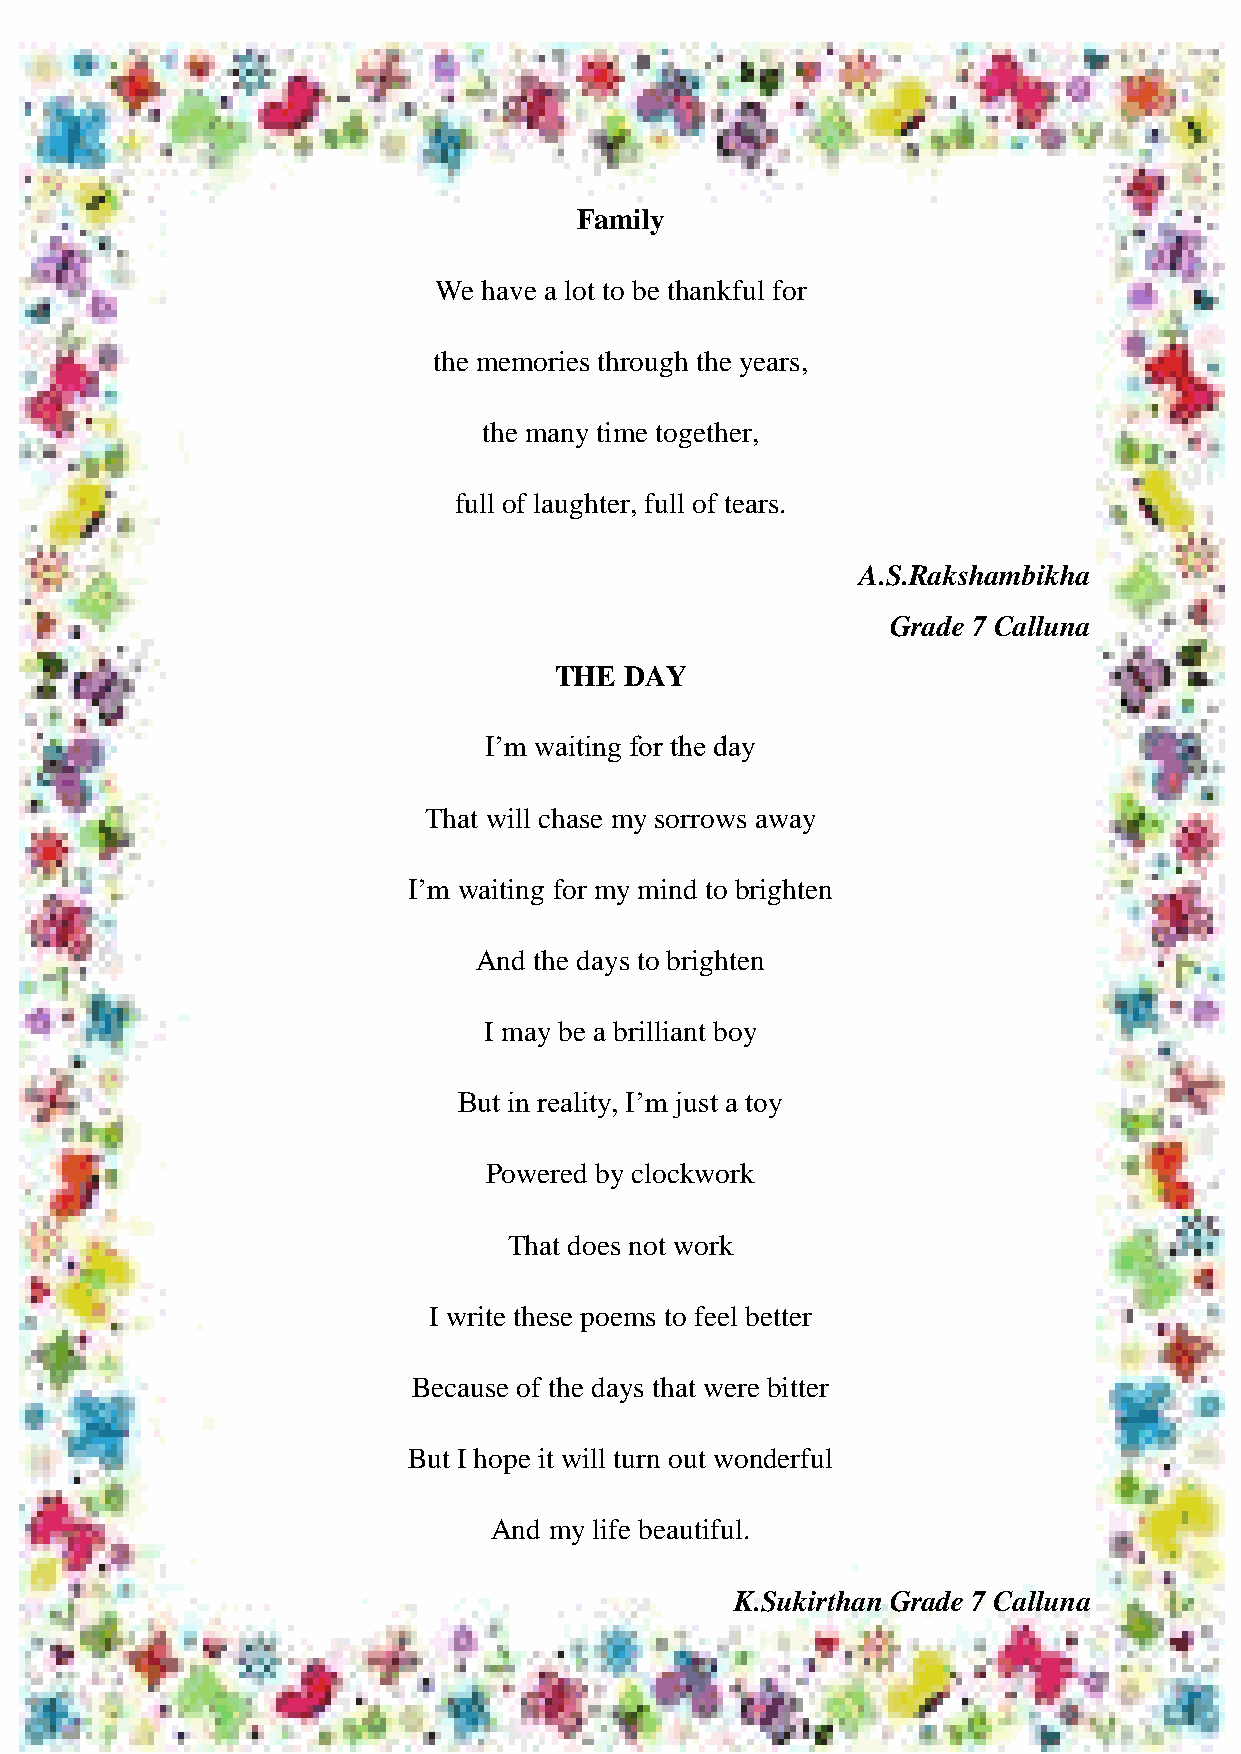
HONEY VIBES
 Family
 We have a lot to be thankful for
 the memories through the years,
 the many time together,
 full of laughter, full of tears.
 A.S.Rakshambikha
 Grade 7 Calluna
 THE DAY
 I‟m waiting for the day
 That will chase my sorrows away
 I‟m waiting for my mind to brighten
 And the days to brighten
 I may be a brilliant boy
 But in reality, I‟m just a toy
 Powered by clockwork
 That does not work
 I write these poems to feel better
 Because of the days that were bitter
 But I hope it will turn out wonderful
 And my life beautiful.
 K.Sukirthan Grade 7 Calluna
 52